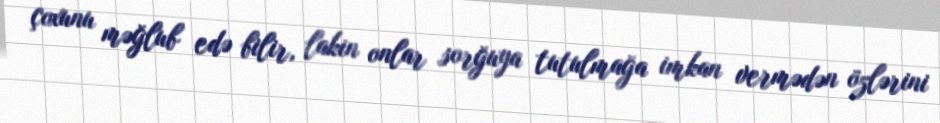
çoxunu məğlub edə bilir, lakin onlar sorğuya tutulmağa imkan vermədən özlərini